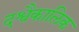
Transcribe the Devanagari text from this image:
दश्वैकालिक